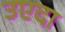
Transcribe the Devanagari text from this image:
उएदा